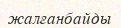
жалғанбайды